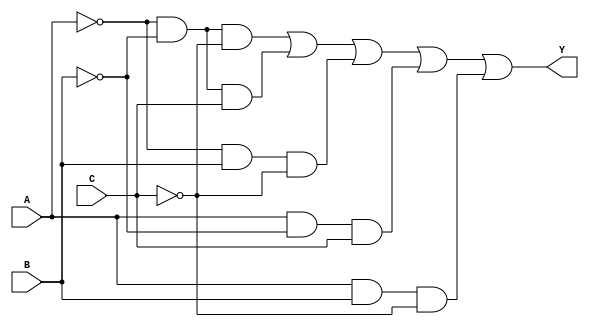
module kmap_3var (
    input wire A,   // Input variable A
    input wire B,   // Input variable B
    input wire C,   // Input variable C
    output wire Y   // Output of the combinational logic
);

// K-map representation based on specified minterms
// The logic function Y can be derived from the K-map groups
// Example minterms: 0, 1, 2, 5, 6 (can be adjusted based on your K-map)
assign Y = (~A & ~B & ~C) |    // Minterm m0
           (~A & ~B & C)  |    // Minterm m1
           (~A & B & ~C)  |    // Minterm m2
           (A & ~B & C)   |    // Minterm m5
           (A & B & ~C);       // Minterm m6

endmodule